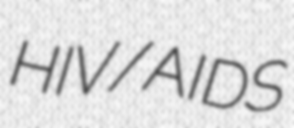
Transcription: HIV/AIDS